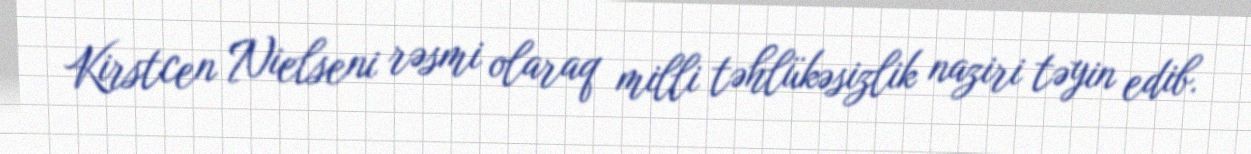
Kirstcen Nielseni rəsmi olaraq milli təhlükəsizlik naziri təyin edib.